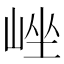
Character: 㟇